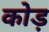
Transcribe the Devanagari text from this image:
कोड़